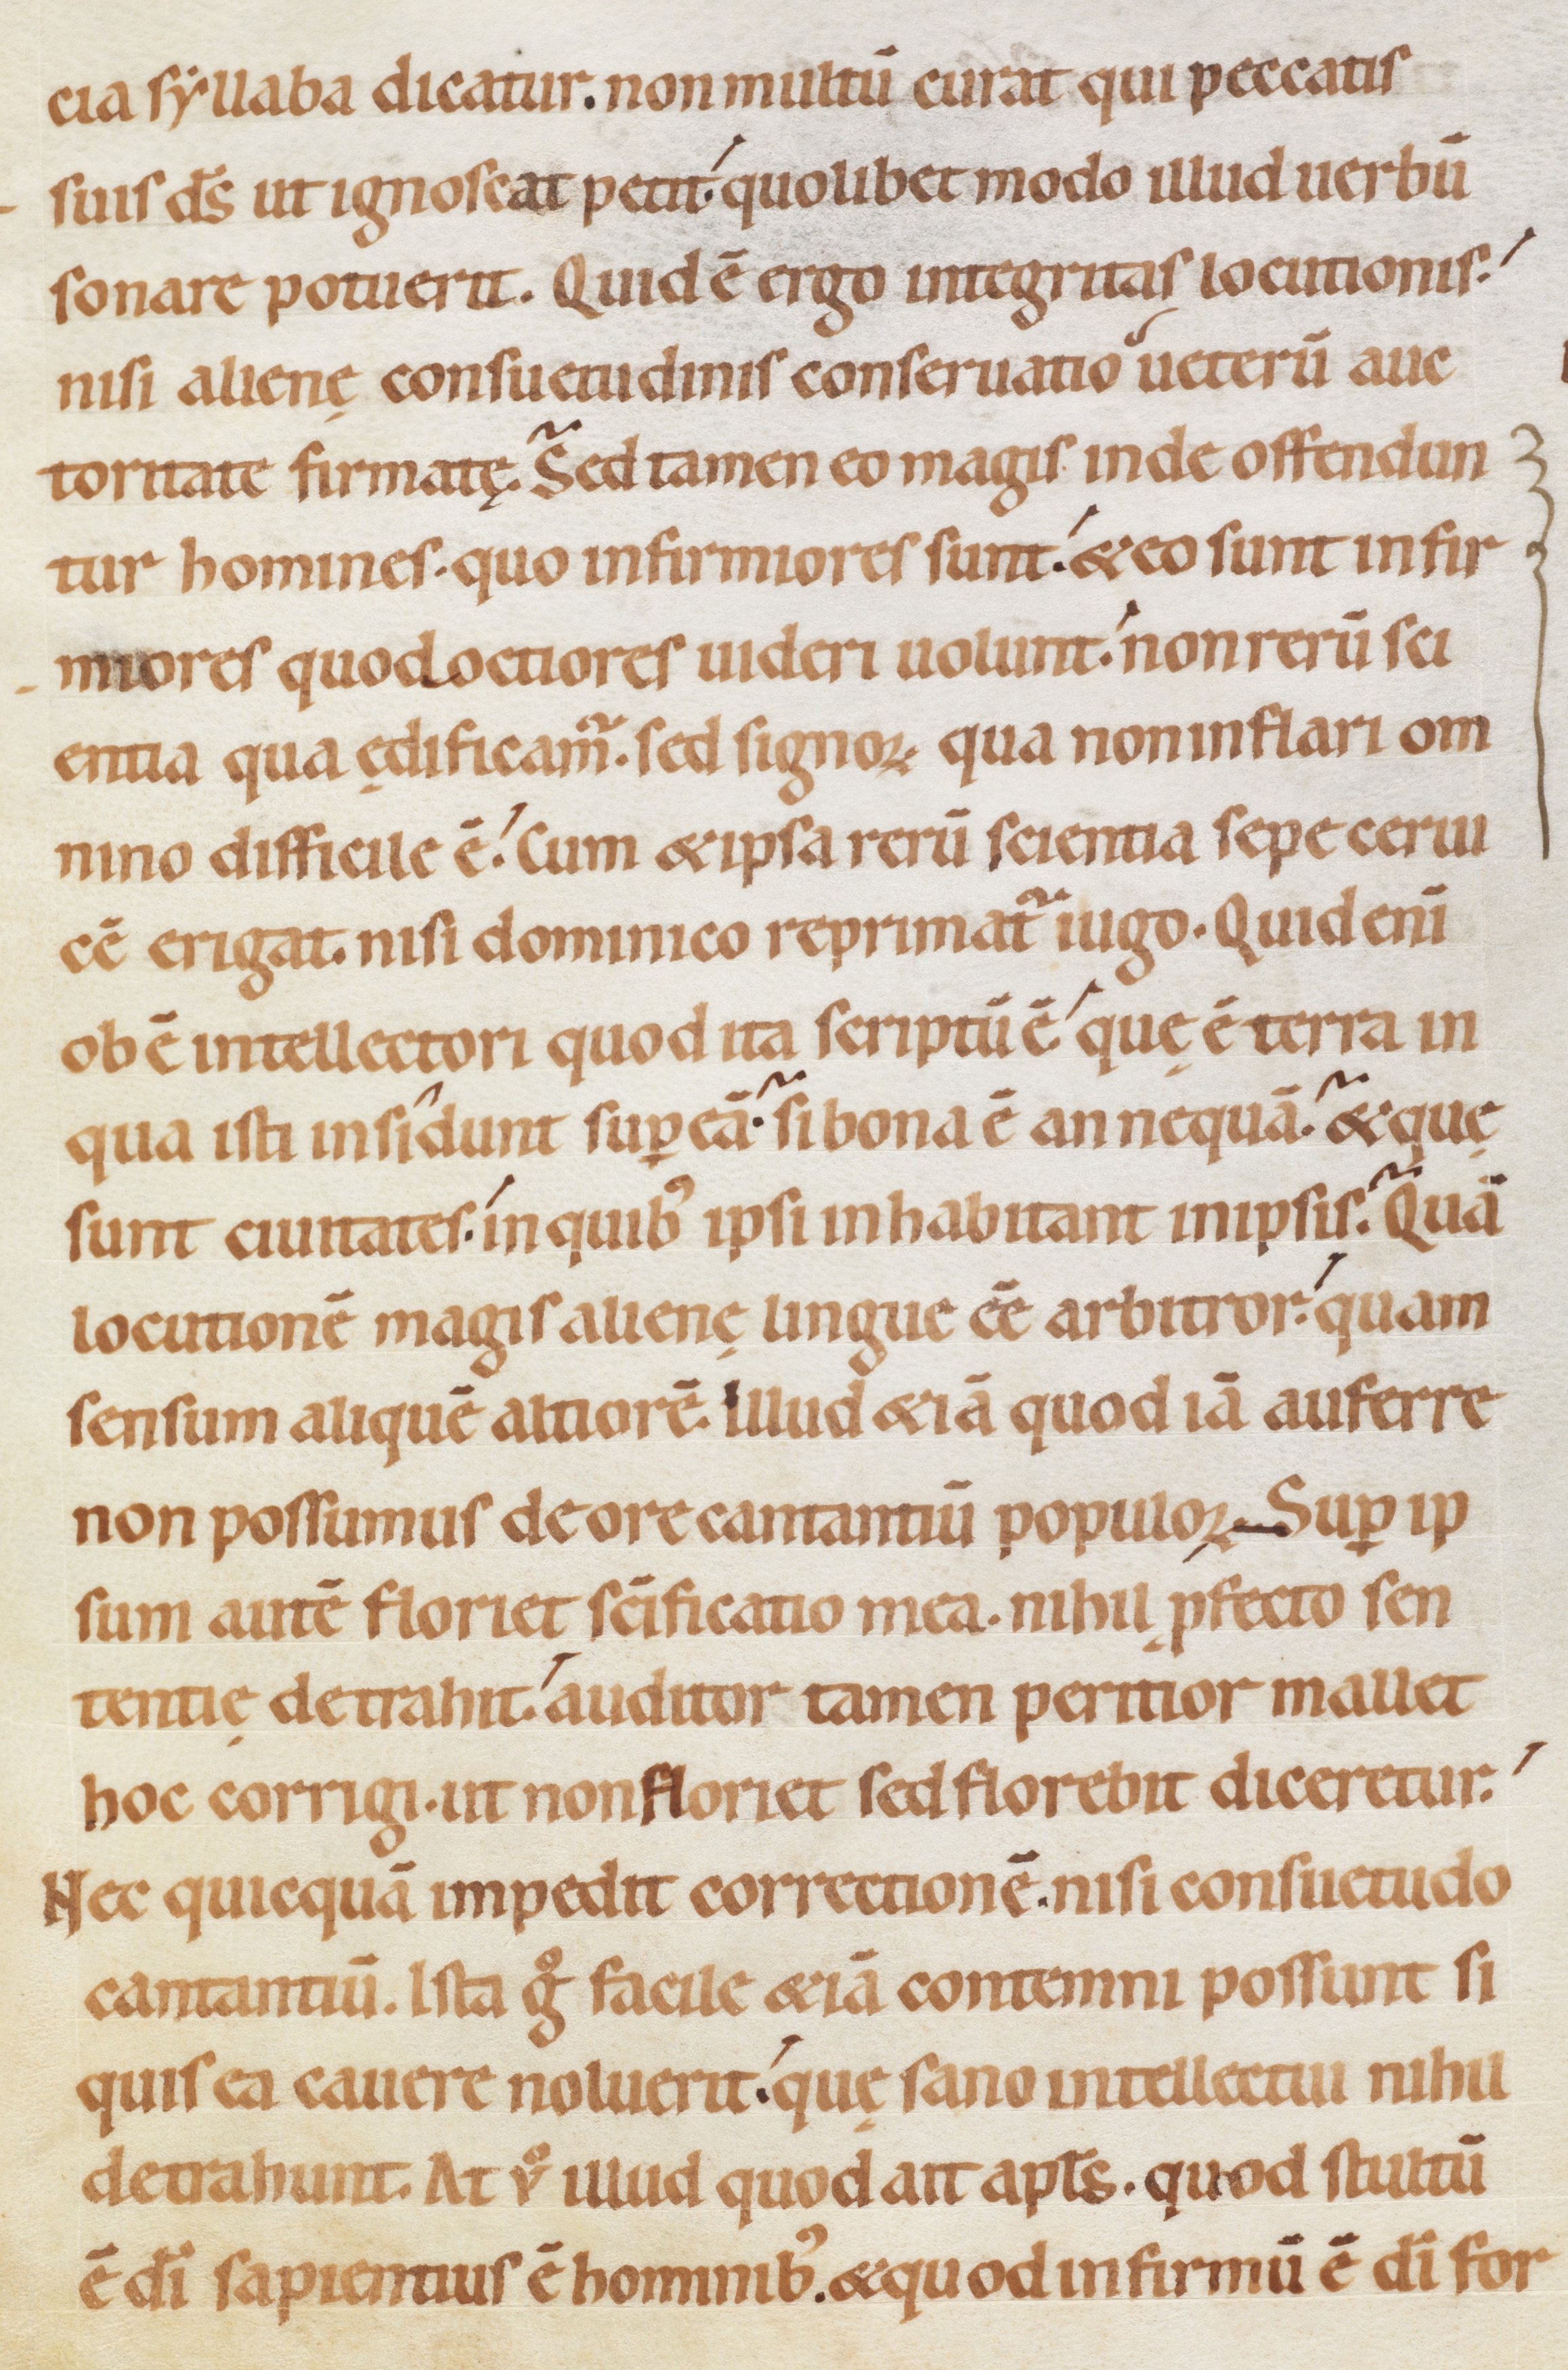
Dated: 1080–1096